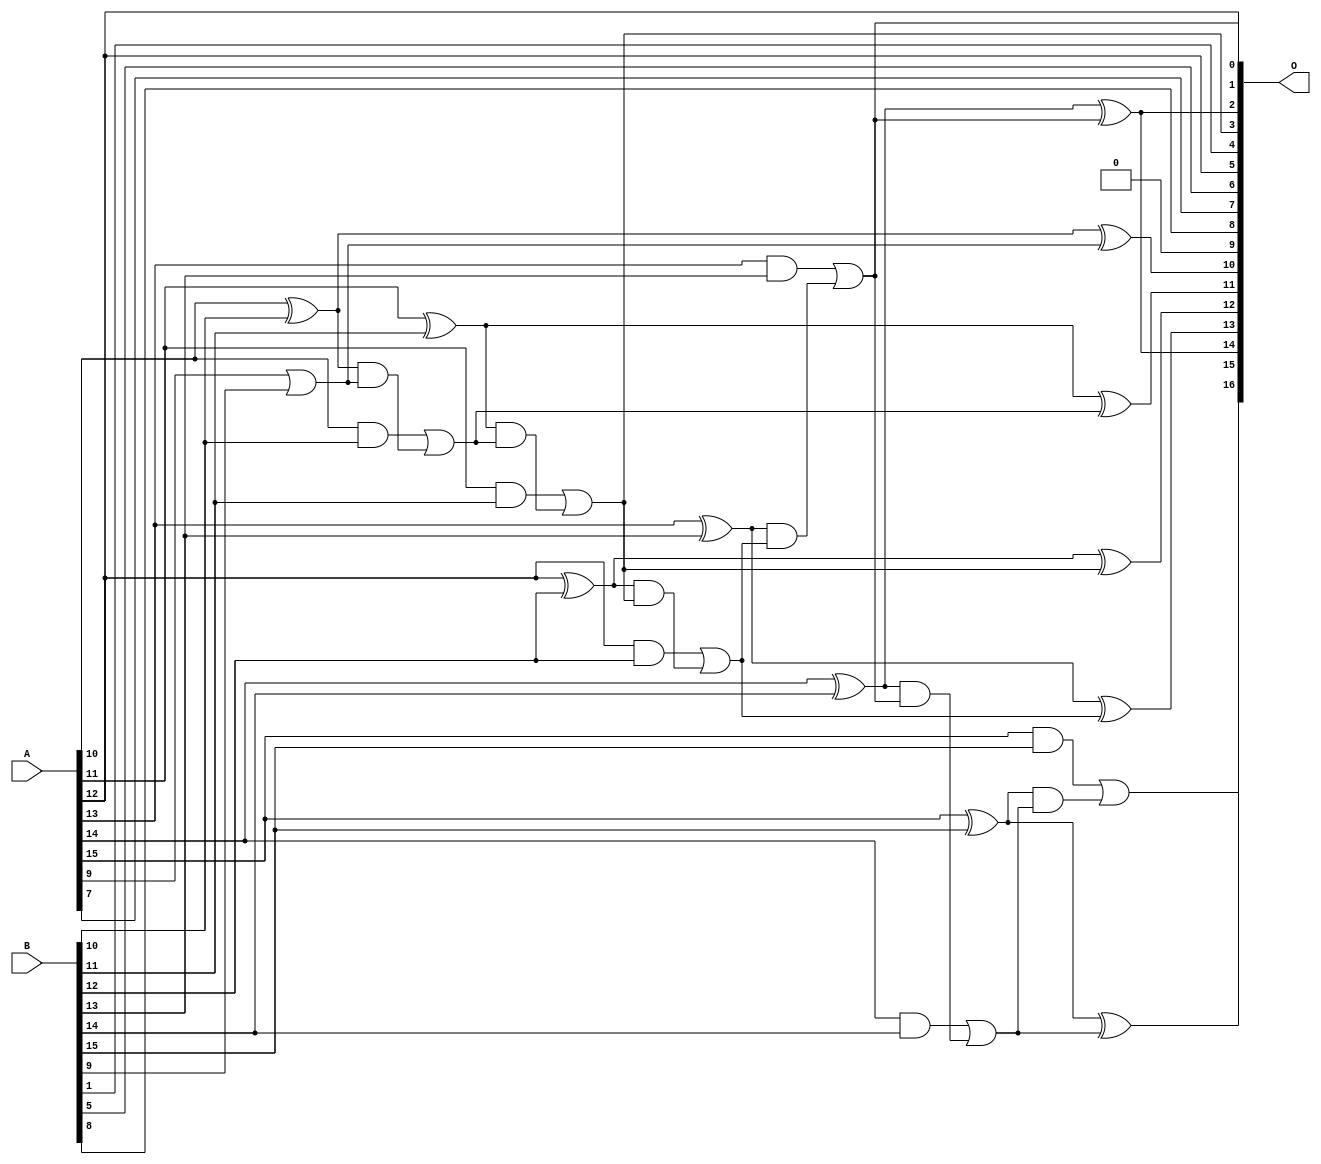
/***
* This code is a part of EvoApproxLib library (ehw.fit.vutbr.cz/approxlib) distributed under The MIT License.
* When used, please cite the following article(s):  
* This file contains a circuit from a sub-set of pareto optimal circuits with respect to the pwr and wce parameters
***/
// MAE% = 0.20 %
// MAE = 258 
// WCE% = 0.46 %
// WCE = 605 
// WCRE% = 700.00 %
// EP% = 99.90 %
// MRE% = 0.55 %
// MSE = 89374 
// PDK45_PWR = 0.027 mW
// PDK45_AREA = 55.8 um2
// PDK45_DELAY = 0.54 ns


module add16u_0KY(A, B, O);
  input [15:0] A, B;
  output [16:0] O;
  wire sig_78, sig_79, sig_80, sig_81, sig_83, sig_84;
  wire sig_85, sig_86, sig_89, sig_90, sig_91, sig_93;
  wire sig_94, sig_95, sig_96, sig_99, sig_100, sig_101;
  wire sig_103, sig_104, sig_105, sig_106;
  assign O[9] = 1'b0;
  assign sig_78 = A[9] | B[9];
  assign sig_79 = A[10] ^ B[10];
  assign sig_80 = A[10] & B[10];
  assign sig_81 = sig_79 & sig_78;
  assign O[10] = sig_79 ^ sig_78;
  assign sig_83 = sig_80 | sig_81;
  assign sig_84 = A[11] ^ B[11];
  assign sig_85 = A[11] & B[11];
  assign sig_86 = sig_84 & sig_83;
  assign O[11] = sig_84 ^ sig_83;
  assign O[3] = sig_85 | sig_86;
  assign sig_89 = A[12] ^ B[12];
  assign sig_90 = A[12] & B[12];
  assign sig_91 = sig_89 & O[3];
  assign O[12] = sig_89 ^ O[3];
  assign sig_93 = sig_90 | sig_91;
  assign sig_94 = A[13] ^ B[13];
  assign sig_95 = A[13] & B[13];
  assign sig_96 = sig_94 & sig_93;
  assign O[13] = sig_94 ^ sig_93;
  assign O[0] = sig_95 | sig_96;
  assign sig_99 = A[14] ^ B[14];
  assign sig_100 = A[14] & B[14];
  assign sig_101 = sig_99 & O[0];
  assign O[2] = sig_99 ^ O[0];
  assign sig_103 = sig_100 | sig_101;
  assign sig_104 = A[15] ^ B[15];
  assign sig_105 = A[15] & B[15];
  assign sig_106 = sig_104 & sig_103;
  assign O[15] = sig_104 ^ sig_103;
  assign O[16] = sig_105 | sig_106;
  assign O[1] = A[12];
  assign O[4] = B[1];
  assign O[5] = A[12];
  assign O[6] = B[5];
  assign O[7] = A[7];
  assign O[8] = B[8];
  assign O[14] = O[2];
endmodule